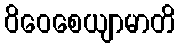
ဝိဝေစေယျာမာတိ